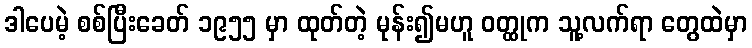
ဒါပေမဲ့ စစ်ပြီးခေတ် ၁၉၅၅ မှာ ထုတ်တဲ့ မုန်း၍မဟူ ဝတ္ထုက သူ့လက်ရာ တွေထဲမှာ